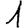
Digit: 1